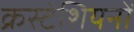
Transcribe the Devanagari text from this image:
क्रस्टेशियनों